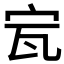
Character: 𡧗